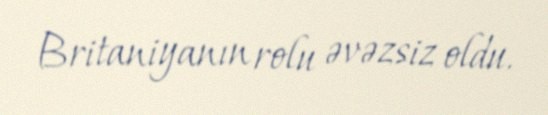
Britaniyanın rolu əvəzsiz oldu.